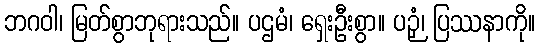
ဘဂဝါ၊ မြတ်စွာဘုရားသည်။ ပဌမံ၊ ရှေးဦးစွာ။ ပဉှံ၊ ပြဿနာကို။